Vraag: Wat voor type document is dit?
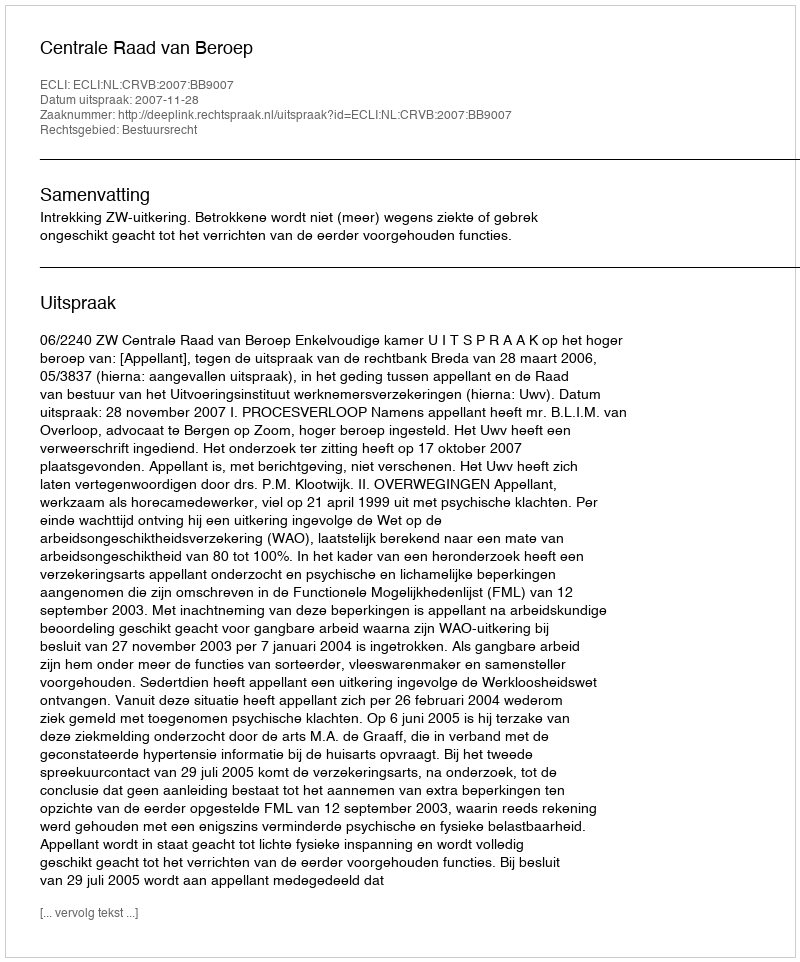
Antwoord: Uitspraak